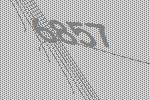
6857